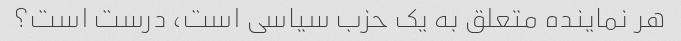
هر نماینده متعلق به یک حزب سیاسی است، درست است؟